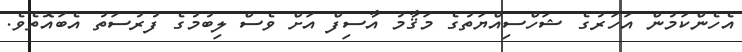
އެހެންކަމުން އަހަރުގެ ޝަހްސިއްޔަތުގެ މަޤާމު އާސިފް އަށް ވެސް ލިބުމުގެ ފުރުސަތު އެބައޮތެވެ.